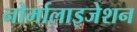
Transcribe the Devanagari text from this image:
नोर्मालाइजेशन